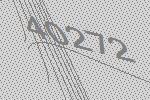
40272